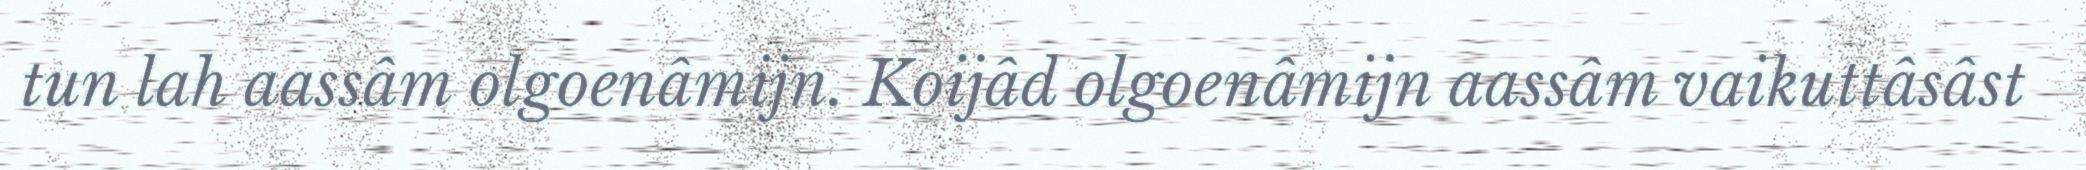
tun lah aassâm olgoenâmijn. Koijâd olgoenâmijn aassâm vaikuttâsâst